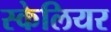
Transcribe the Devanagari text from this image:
स्केलियर